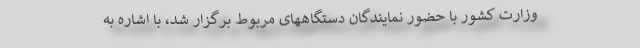
وزارت کشور با حضور نمایندگان دستگاههای مربوط برگزار شد، با اشاره به